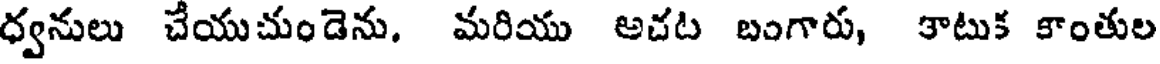
ధ్వనులు చేయుచుండెను. మరియు అచట బంగారు, కాటుక కాంతుల